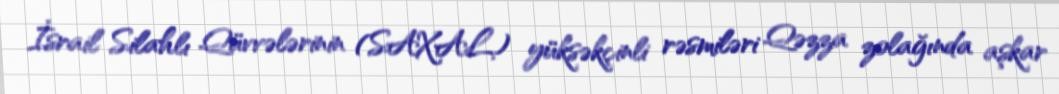
İsrail Silahlı Qüvvələrinin (SAXAL) yüksəkçinli rəsmiləri Qəzza zolağında aşkar